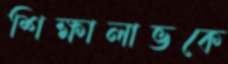
শিক্ষালাভকে